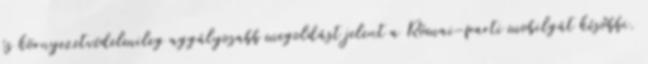
és környezetvédelmileg aggályosabb megoldást jelent a Római-parti mobilgát későbbi.